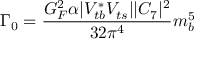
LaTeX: \Gamma _ { 0 } = \frac { G _ { F } ^ { 2 } \alpha | V _ { t b } ^ { * } V _ { t s } | | C _ { 7 } | ^ { 2 } } { 3 2 \pi ^ { 4 } } m _ { b } ^ { 5 }